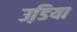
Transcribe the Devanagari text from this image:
उडि़या